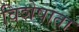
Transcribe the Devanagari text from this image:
विशेषाता